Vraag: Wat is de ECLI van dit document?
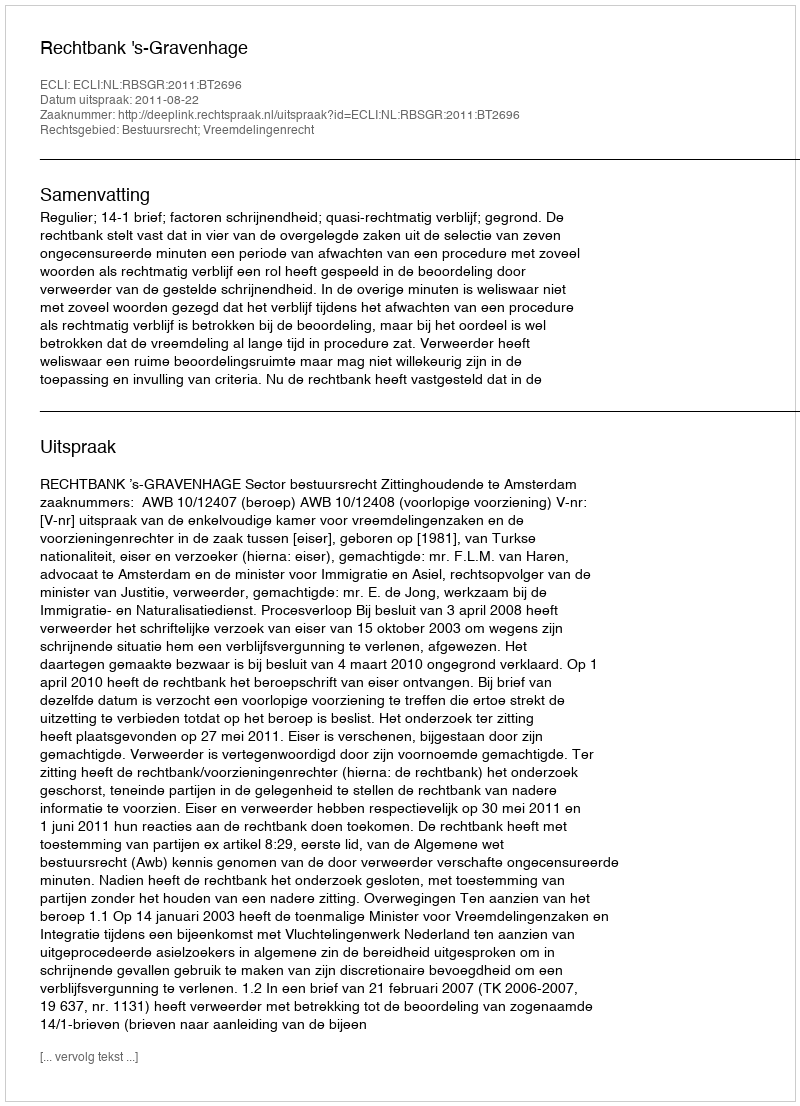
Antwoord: ECLI:NL:RBSGR:2011:BT2696